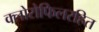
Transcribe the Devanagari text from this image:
क्लोरोफिलरहित